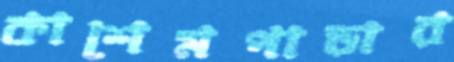
কাশেমপাড়ার